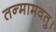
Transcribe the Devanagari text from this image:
तन्मामवतु।